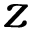
z